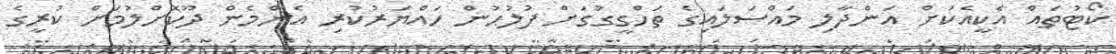
ކޯޓުތައް އެކީއެކަށް އަންދާލި މައްސަލައިގެ ތަހްގީގުގަށް ފުލުހުން ހައްޔަރުކުރި އެންމެން ދޫކޮށްލުމަށް ކުރީގެ